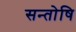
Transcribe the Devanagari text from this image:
सन्तोषि